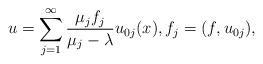
LaTeX: \begin{align*} u = \sum_{j = 1}^\infty \frac{\mu_jf_j}{\mu_j - \lambda}u_{0j}(x), f_j = (f, u_{0j}), \end{align*}